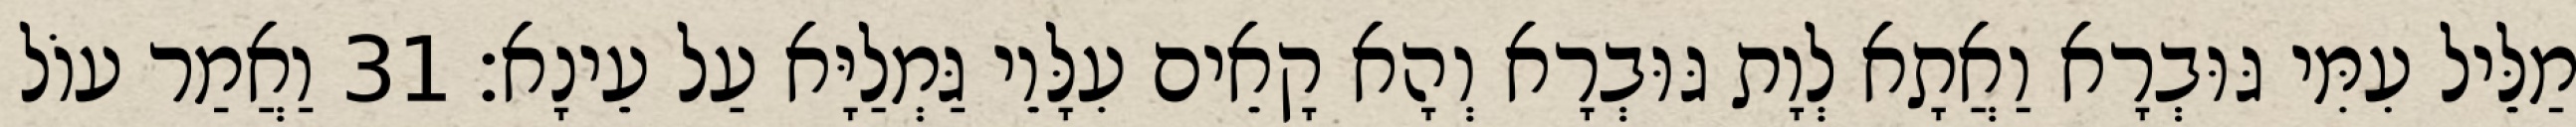
מַלֵּיל עִמִּי גּוּבְרָא וַאֲתָא לְוָת גּוּבְרָא וְהָא קָאֵים עִלָּוֵי גַּמְלַיָּא עַל עֵינָא׃ 31 וַאֲמַר עוֹל